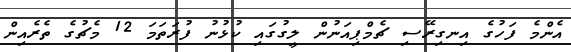
އެންމެ ފަހުގެ އިނގިރޭސި ޗެމްޕިއަނުން ލީގުގައި ކުޅުނު ފުރަތަމަ 12 މެޗުގެ ތެރެއިން